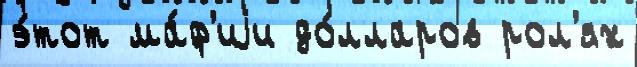
э́тот ма́ф'иjи до́лларов рол'ях